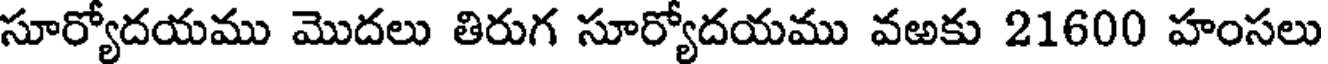
సూర్యోదయము మొదలు తిరుగ సూర్యోదయము వఱకు 21600 హంసలు